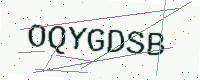
Text: OQYGDSB